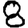
Digit: 8